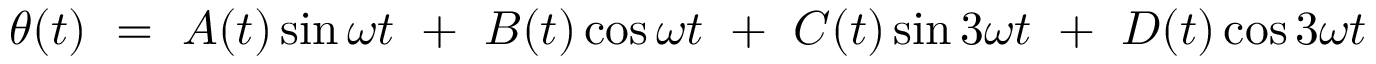
\theta ( t ) \ = \ A ( t ) \sin \omega t \ + \ B ( t ) \cos \omega t \ + \ C ( t ) \sin { 3 \omega t } \ + \ D ( t ) \cos { 3 \omega t }